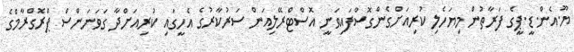
ޔޫ.އެން.ޑީ.ޕީގެ ފަރާތުން މިޔަހެލި ކުރިއަށްގެންގޮސްފައިވަނީ އޮސްޓްރޭލިއަން ސަރުކާރުގެ އެހީގައި ކުރިއަށްދާ ގަވަނަންސް ޕްރޮގްރާމްގެ